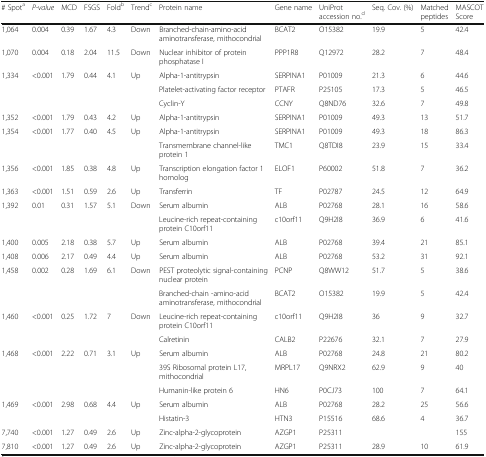
<table><thead><tr><td><b># Spot<sup>a</sup></b></td><td><b><i>P-value</i></b></td><td><b>MCD</b></td><td><b>FSGS</b></td><td><b>Fold<sup>b</sup></b></td><td><b>Trend<sup>c</sup></b></td><td><b>Protein name</b></td><td><b>Gene name</b></td><td><b>UniProt accession no.<sup>d</sup></b></td><td><b>Seq. Cov. (%)</b></td><td><b>Matched peptides</b></td><td><b>MASCOT Score</b></td></tr></thead><tbody><tr><td>1,064</td><td>0.004</td><td>0.39</td><td>1.67</td><td>4.3</td><td>Down</td><td>Branched-chain-amino-acid aminotransferase, mithocondrial</td><td>BCAT2</td><td>O15382</td><td>19.9</td><td>5</td><td>42.4</td></tr><tr><td>1,070</td><td>0.004</td><td>0.18</td><td>2.04</td><td>11.5</td><td>Down</td><td>Nuclear inhibitor of protein phosphatase I</td><td>PPP1R8</td><td>Q12972</td><td>28.2</td><td>7</td><td>48.4</td></tr><tr><td>1,334</td><td>&lt;0.001</td><td>1.79</td><td>0.44</td><td>4.1</td><td>Up</td><td>Alpha-1-antitrypsin</td><td>SERPINA1</td><td>P01009</td><td>21.3</td><td>6</td><td>44.6</td></tr><tr><td></td><td></td><td></td><td></td><td></td><td></td><td>Platelet-activating factor receptor</td><td>PTAFR</td><td>P25105</td><td>17.3</td><td>5</td><td>46.5</td></tr><tr><td></td><td></td><td></td><td></td><td></td><td></td><td>Cyclin-Y</td><td>CCNY</td><td>Q8ND76</td><td>32.6</td><td>7</td><td>49.8</td></tr><tr><td>1,352</td><td>&lt;0.001</td><td>1.79</td><td>0.43</td><td>4.2</td><td>Up</td><td>Alpha-1-antitrypsin</td><td>SERPINA1</td><td>P01009</td><td>49.3</td><td>13</td><td>51.7</td></tr><tr><td>1,354</td><td>&lt;0.001</td><td>1.77</td><td>0.40</td><td>4.5</td><td>Up</td><td>Alpha-1-antitrypsin</td><td>SERPINA1</td><td>P01009</td><td>49.3</td><td>18</td><td>86.3</td></tr><tr><td></td><td></td><td></td><td></td><td></td><td></td><td>Transmembrane channel-like protein 1</td><td>TMC1</td><td>Q8TDI8</td><td>23.9</td><td>15</td><td>33.4</td></tr><tr><td>1,356</td><td>&lt;0.001</td><td>1.85</td><td>0.38</td><td>4.8</td><td>Up</td><td>Transcription elongation factor 1 homolog</td><td>ELOF1</td><td>P60002</td><td>51.8</td><td>7</td><td>36.2</td></tr><tr><td>1,363</td><td>&lt;0.001</td><td>1.51</td><td>0.59</td><td>2.6</td><td>Up</td><td>Transferrin</td><td>TF</td><td>P02787</td><td>24.5</td><td>12</td><td>64.9</td></tr><tr><td>1,392</td><td>0.01</td><td>0.31</td><td>1.57</td><td>5.1</td><td>Down</td><td>Serum albumin</td><td>ALB</td><td>P02768</td><td>28.1</td><td>16</td><td>58.6</td></tr><tr><td></td><td></td><td></td><td></td><td></td><td></td><td>Leucine-rich repeat-containing protein C10orf11</td><td>c10orf11</td><td>Q9H2I8</td><td>36.9</td><td>6</td><td>41.6</td></tr><tr><td>1,400</td><td>0.005</td><td>2.18</td><td>0.38</td><td>5.7</td><td>Up</td><td>Serum albumin</td><td>ALB</td><td>P02768</td><td>39.4</td><td>21</td><td>85.1</td></tr><tr><td>1,408</td><td>0.006</td><td>2.17</td><td>0.49</td><td>4.4</td><td>Up</td><td>Serum albumin</td><td>ALB</td><td>P02768</td><td>53.2</td><td>31</td><td>92.1</td></tr><tr><td>1,458</td><td>0.002</td><td>0.28</td><td>1.69</td><td>6.1</td><td>Down</td><td>PEST proteolytic signal-containing nuclear protein</td><td>PCNP</td><td>Q8WW12</td><td>51.7</td><td>5</td><td>38.6</td></tr><tr><td></td><td></td><td></td><td></td><td></td><td></td><td>Branched-chain -amino-acid aminotransferase, mithocondrial</td><td>BCAT2</td><td>O15382</td><td>19.9</td><td>5</td><td>42.4</td></tr><tr><td>1,460</td><td>&lt;0.001</td><td>0.25</td><td>1.72</td><td>7</td><td>Down</td><td>Leucine-rich repeat-containing protein C10orf11</td><td>c10orf11</td><td>Q9H2I8</td><td>36</td><td>9</td><td>32.7</td></tr><tr><td></td><td></td><td></td><td></td><td></td><td></td><td>Calretinin</td><td>CALB2</td><td>P22676</td><td>32.1</td><td>7</td><td>27.9</td></tr><tr><td>1,468</td><td>&lt;0.001</td><td>2.22</td><td>0.71</td><td>3.1</td><td>Up</td><td>Serum albumin</td><td>ALB</td><td>P02768</td><td>24.8</td><td>21</td><td>80.2</td></tr><tr><td></td><td></td><td></td><td></td><td></td><td></td><td>39S Ribosomal protein L17, mithocondrial</td><td>MRPL17</td><td>Q9NRX2</td><td>62.9</td><td>9</td><td>40</td></tr><tr><td></td><td></td><td></td><td></td><td></td><td></td><td>Humanin-like protein 6</td><td>HN6</td><td>P0CJ73</td><td>100</td><td>7</td><td>64.1</td></tr><tr><td>1,469</td><td>&lt;0.001</td><td>2.98</td><td>0.68</td><td>4.4</td><td>Up</td><td>Serum albumin</td><td>ALB</td><td>P02768</td><td>28.2</td><td>25</td><td>56.6</td></tr><tr><td></td><td></td><td></td><td></td><td></td><td></td><td>Histatin-3</td><td>HTN3</td><td>P15516</td><td>68.6</td><td>4</td><td>36.7</td></tr><tr><td>7,740</td><td>&lt;0.001</td><td>1.27</td><td>0.49</td><td>2.6</td><td>Up</td><td>Zinc-alpha-2-glycoprotein</td><td>AZGP1</td><td>P25311</td><td></td><td></td><td>155</td></tr><tr><td>7,810</td><td>&lt;0.001</td><td>1.27</td><td>0.49</td><td>2.6</td><td>Up</td><td>Zinc-alpha-2-glycoprotein</td><td>AZGP1</td><td>P25311</td><td>28.9</td><td>10</td><td>61.9</td></tr></tbody></table>